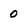
Character: 0